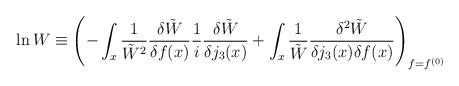
LaTeX: \begin{align*}\ln W \equiv \left(-\int_x \frac{1}{\tilde W^2}\frac{\delta \tilde W}{\delta f(x)}\frac1i \frac{\delta \tilde W}{\delta j_3(x)}+\int_x\frac{1}{\tilde W}\frac{\delta^2 \tilde W}{\delta j_3(x)\delta f(x)}\right)_{f=f^{(0)}}\end{align*}